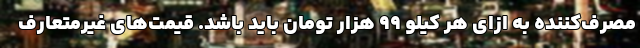
مصرف‌کننده به ازای هر کیلو ۹۹ هزار تومان باید باشد. قیمت‌های غیرمتعارف